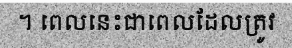
។ ពេលនេះជាពេលដែលត្រូវ